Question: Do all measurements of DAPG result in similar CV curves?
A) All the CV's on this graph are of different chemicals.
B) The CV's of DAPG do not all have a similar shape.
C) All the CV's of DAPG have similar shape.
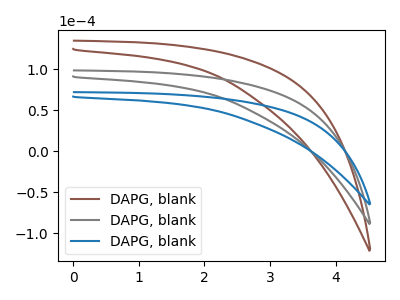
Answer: <think>The brown curve "DAPG, blank1" has no peaks. The gray curve "DAPG, blank2" has no peaks. The blue curve "DAPG, blank3" has no peaks.
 Neither "DAPG, blank1" or "DAPG, blank2" have any peaks. Neither "DAPG, blank1" or "DAPG, blank3" have any peaks. Neither "DAPG, blank2" or "DAPG, blank3" have any peaks.</think>
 <answer>C) All the CV's of "DAPG" have similar shape.</answer>
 <eval>C</eval>